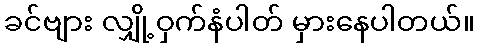
ခင်ဗျား လျှို့ဝှက်နံပါတ် မှားနေပါတယ်။